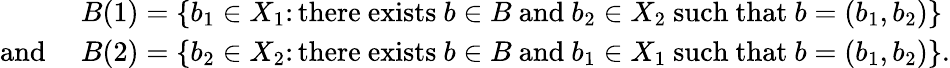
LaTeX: \begin{array}{rl}&{B(1)=\{ b_{1}\in X_{1}\colon\mathrm{there~exists~}b\in B\mathrm{~and~}b_{2}\in X_{2}\mathrm{~such~that~}b=(b_{1},b_{2})\} }\\ {\mathrm{and~}}&{B(2)=\{ b_{2}\in X_{2}\colon\mathrm{there~exists~}b\in B\mathrm{~and~}b_{1}\in X_{1}\mathrm{~such~that~}b=(b_{1},b_{2})\} .}\end{array}